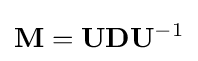
\mathbf {M} =\mathbf {U} \mathbf {D} \mathbf {U} ^{-1}